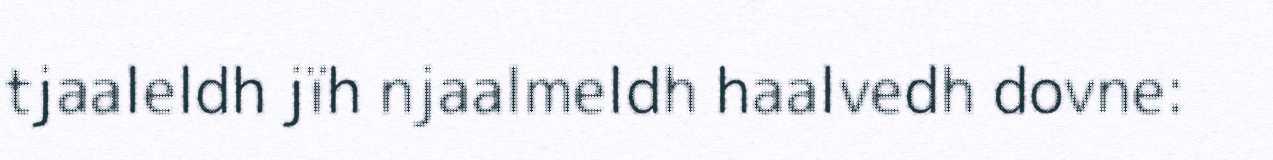
tjaaleldh jïh njaalmeldh haalvedh dovne: